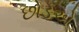
છોડએ